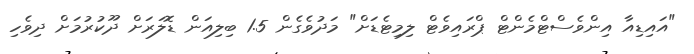
"އައިޑިއާ އިންވެސްޓްމެންޓް ޕްރައިވެޓް ލިމިޓެޑަށް" މަދުވެގެން 1.5 ބިލިއަން ޑޮލަރަށް ދޫކުރުމަށް ދިވެހި